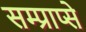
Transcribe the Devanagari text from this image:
सम्प्राप्से